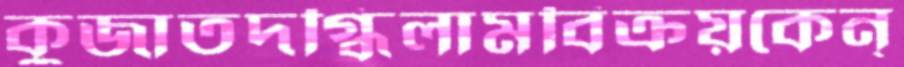
কুজাতদগ্ধিলামবিক্রয়কেন্